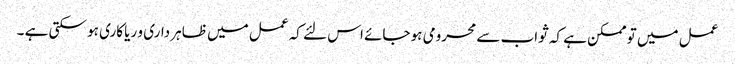
عمل میں تو ممکن ہے کہ ثواب سے محرومی ہو جائے اس لئے کہ عمل میں ظاہر داری و ریا کاری ہو سکتی ہے ۔